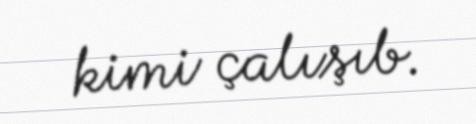
kimi çalışıb.